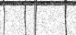
٣٦